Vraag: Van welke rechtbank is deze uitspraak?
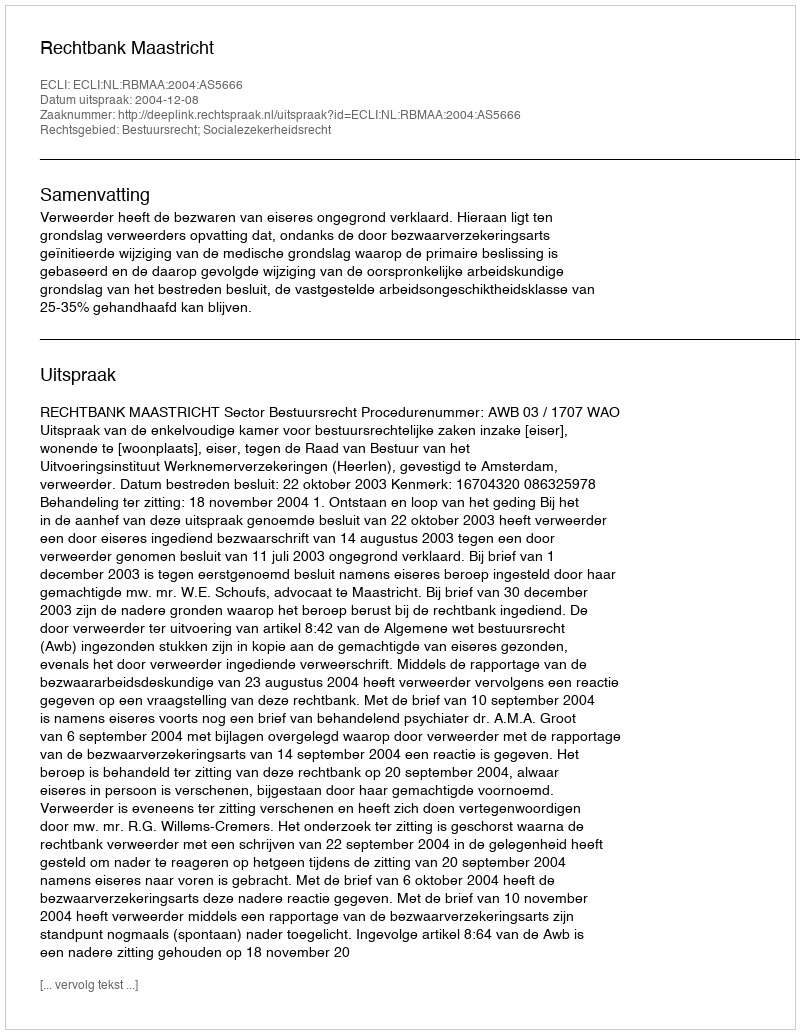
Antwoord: Rechtbank Maastricht